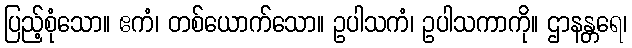
ပြည့်စုံသော။ ဧကံ၊ တစ်ယောက်သော။ ဥပါသကံ၊ ဥပါသကာကို။ ဌာနန္တရေ၊